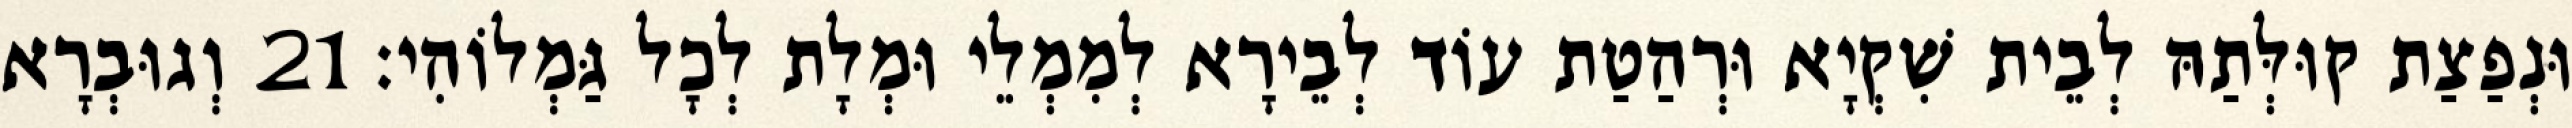
וּנְפַצַת קוּלְּתַהּ לְבֵית שִׁקְיָא וּרְהַטַת עוֹד לְבֵירָא לְמִמְלֵי וּמְלָת לְכָל גַּמְלוֹהִי׃ 21 וְגוּבְרָא